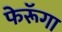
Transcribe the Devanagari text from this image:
फेरूॅगा